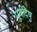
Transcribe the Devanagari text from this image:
पूर्वदिषु